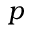
p